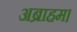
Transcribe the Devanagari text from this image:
अब्राहम।